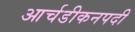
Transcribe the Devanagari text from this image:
आर्चडीकनपदी